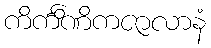
ကိင်္ကိဏိကဇာလာနံ